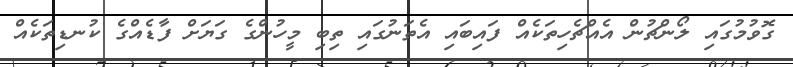
ގޮވުމުގައި ލޯންޗުން އެއްޗެހިތަކެއް ފައިބައި އެތަނުގައި ތިބި މީހުންގެ ގަޔަށް ފާޑެއްގެ ކުނޑިތަކެއް